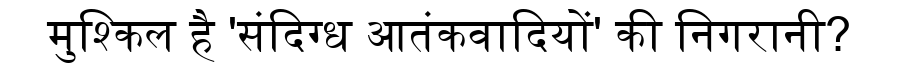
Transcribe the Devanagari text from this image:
मुश्किल है 'संदिग्ध आतंकवादियों' की निगरानी?